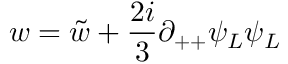
w = \tilde { w } + { \frac { 2 i } { 3 } } \partial _ { + + } \psi _ { L } \psi _ { L }